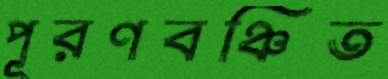
পূরণবঞ্চিত